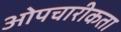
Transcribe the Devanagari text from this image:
ओपचारीकता